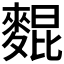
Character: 𪌽